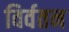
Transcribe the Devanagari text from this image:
विर्वतन